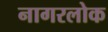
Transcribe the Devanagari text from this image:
नागरलोक